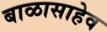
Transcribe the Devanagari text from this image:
बाळासाहेव